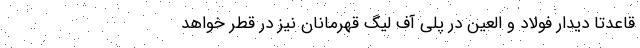
قاعدتا دیدار فولاد و العین در پلی آف لیگ قهرمانان نیز در قطر خواهد